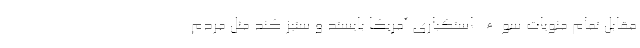
مقابل تمام منویات سوء استکباری آمریکا بایستد و ستیز کند مثل مردم